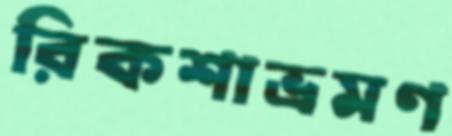
রিকশাভ্রমণ